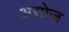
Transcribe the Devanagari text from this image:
असोज